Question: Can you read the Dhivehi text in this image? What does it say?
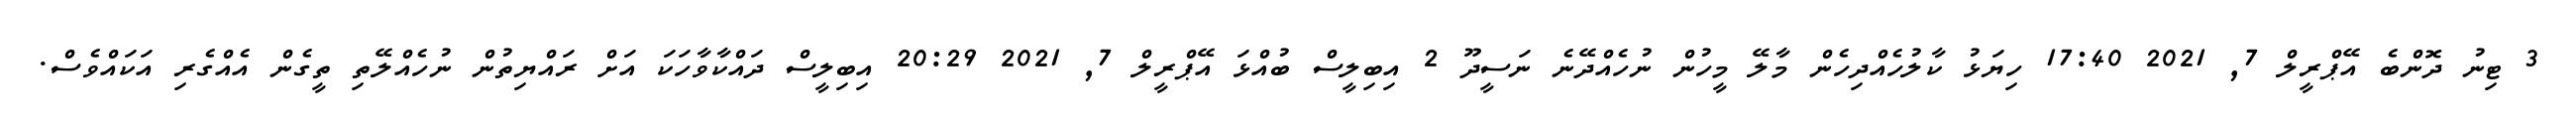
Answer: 3 ޓިނު ދޮންބެ އޭޕްރީލް 7, 2021 17:40 ހިޔަޅު ކާލުހެއްދިހެން މާލޭ މީހުން ނުހެއްދޭނެ ނަސީދޫ 2 އިބިލީސް ބުއްޅަ އޭޕްރީލް 7, 2021 20:29 އިބިލީސް ދައްކާވާހަކަ އަށް ރައްޔިތުން ނުހެއްލޭތި ތީގެން އެއްގެރި އަކައްވެސް.